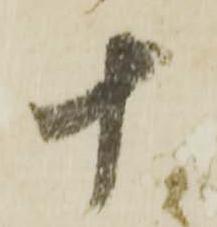
十